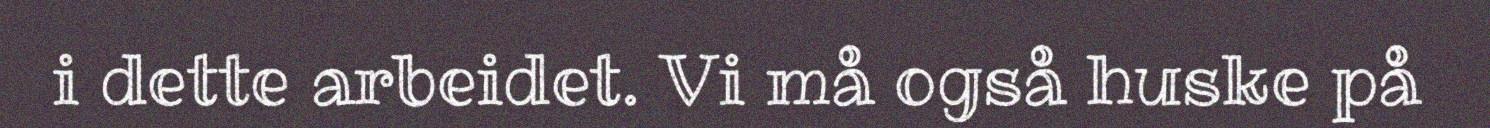
i dette arbeidet. Vi må også huske på